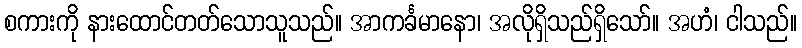
စကားကို နားထောင်တတ်သောသူသည်။ အာကင်္ခမာနော၊ အလိုရှိသည်ရှိသော်။ အဟံ၊ ငါသည်။